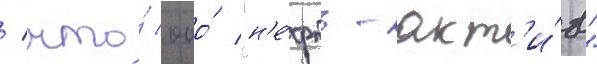
/ что́ ооо́ "н'е́фть-акт'и́в"